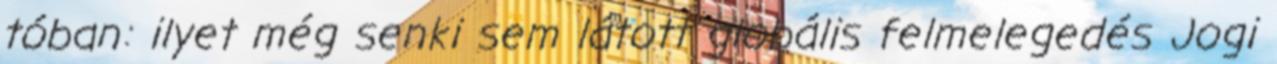
tóban: ilyet még senki sem látott globális felmelegedés Jogi